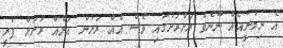
އެ ނިމުނީއެއް ނޫނެވެ ރަށްރަށުގައި ވެސް އެއް ރަށުން އަނެއް ރަށަށް ފެރީ